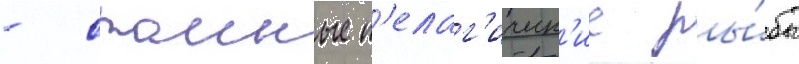
- стаиные п'елаг'ическ'ие ры́бы